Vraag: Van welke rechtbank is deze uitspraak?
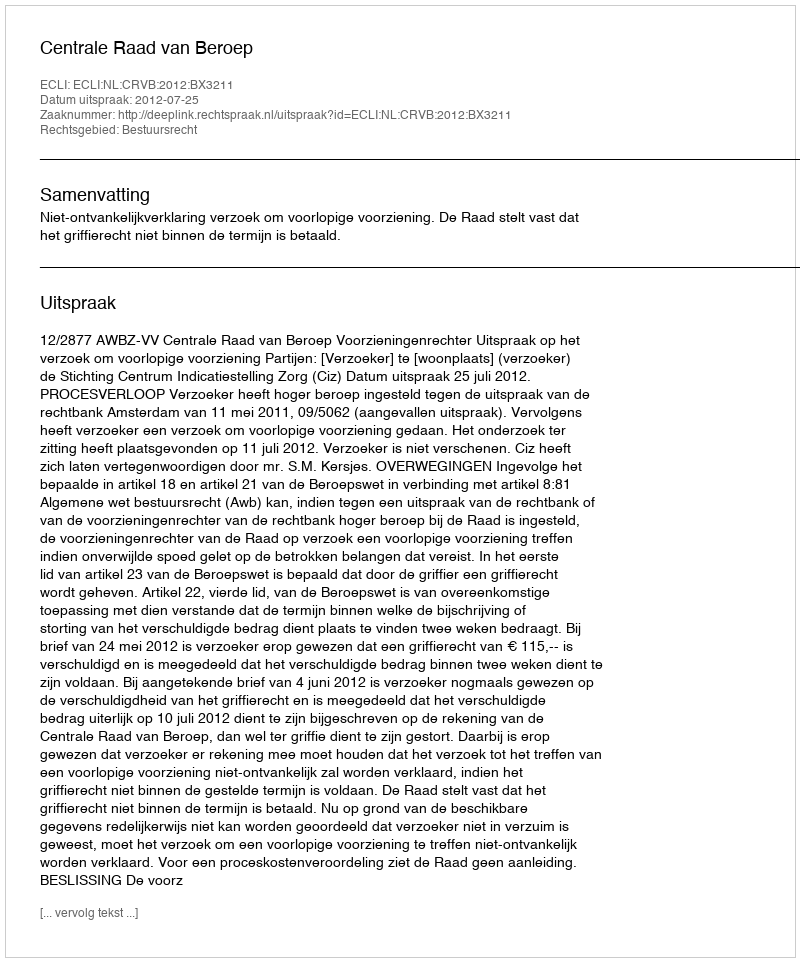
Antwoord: Centrale Raad van Beroep